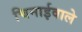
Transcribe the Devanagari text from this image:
चिनाईवाले